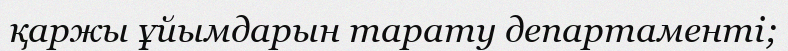
қаржы ұйымдарын тарату департаменті;